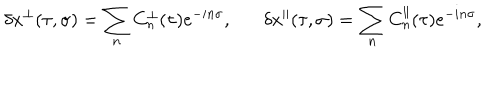
\delta x ^ { \perp } ( \tau , \sigma ) = \sum _ { n } C _ { n } ^ { \perp } ( \tau ) e ^ { - i n \sigma } , \delta x ^ { \parallel } ( \tau , \sigma ) = \sum _ { n } C _ { n } ^ { \parallel } ( \tau ) e ^ { - i n \sigma } ,